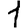
Digit: 1